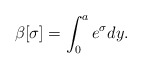
\begin{align*}\beta[\sigma]=\int_0^ae^\sigma dy.\end{align*}